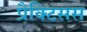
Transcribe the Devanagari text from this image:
प्रैक्टिसस